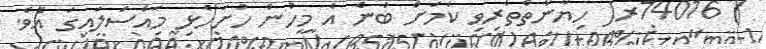
) 74016ރ( ހިޔާނާތްތެރިވި ކަމަށް ބުނެ އެ މީހުން ހުށަހެޅި މައްސަލައިގަ އެވެ.